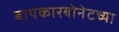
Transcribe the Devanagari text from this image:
बायकारबोनेटच्या